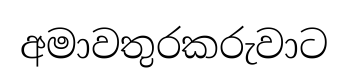
අමාවතුරකරුවාට